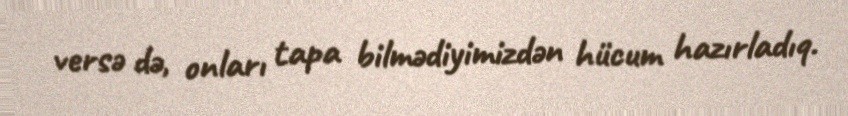
versə də, onları tapa bilmədiyimizdən hücum hazırladıq.